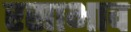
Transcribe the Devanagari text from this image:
रसाभाव